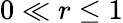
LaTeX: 0\ll r\leq 1